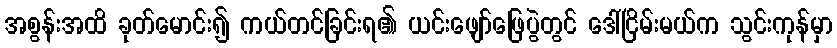
အစွန်းအထိ ခုတ်မောင်း၍ ကယ်တင်ခြင်းရ၏ ယင်းဖျော်ဖြေပွဲတွင် ဒေါ်ငြိမ်းမယ်က သွင်းကုန်မှာ